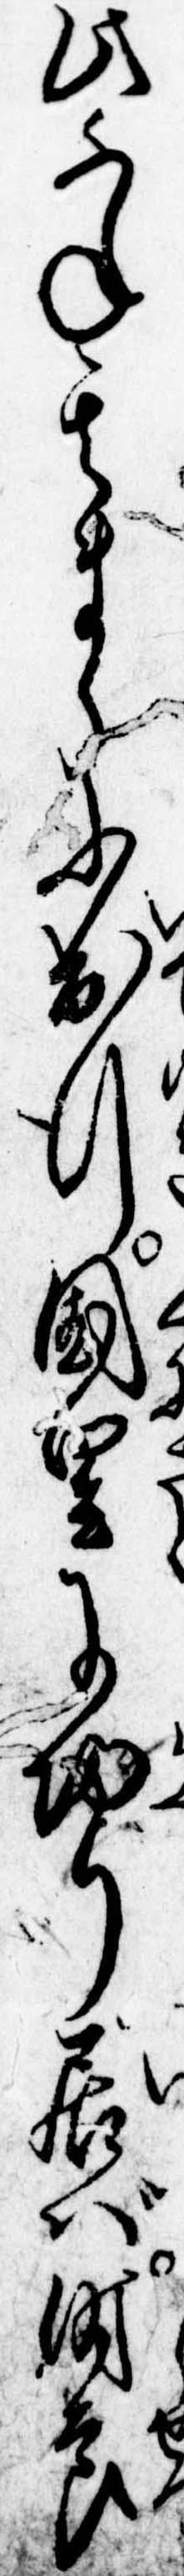
此ふね其まゝに出行国里に帰り居ば時節